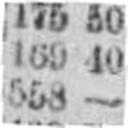
558 —